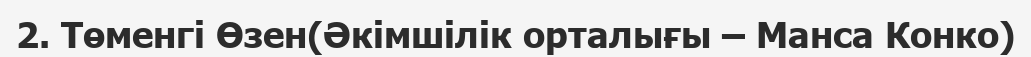
2. Төменгі Өзен(Әкімшілік орталығы – Манса Конко)